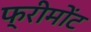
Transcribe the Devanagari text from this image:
फ्रीमोंट